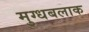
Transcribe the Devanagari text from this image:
मुग्धबलाक